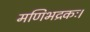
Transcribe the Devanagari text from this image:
मणिभद्रकः।